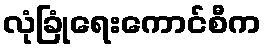
လုံခြုံရေးကောင်စီက